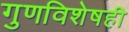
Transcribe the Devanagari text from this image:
गुणविशेषही